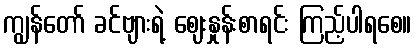
ကျွန်တော် ခင်ဗျားရဲ့ ဈေးနှုန်းစာရင်း ကြည့်ပါရစေ။